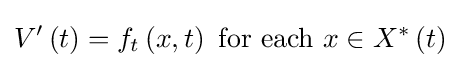
V^{\prime }\left(t\right)=f_{t}\left(x,t\right){\text{ for each }}x\in X^{\ast }\left(t\right)